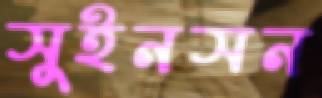
সুইনসন